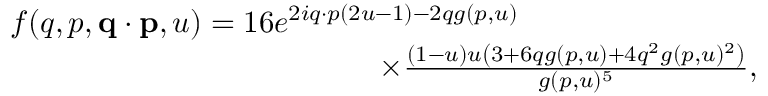
\begin{array} { r } { f ( q , p , \ensuremath { \mathbf { q } } \cdot \ensuremath { \mathbf { p } } , u ) = 1 6 e ^ { 2 i \b { q } \cdot \b { p } ( 2 u - 1 ) - 2 q g ( p , u ) } \phantom { x x x x x x x x x x x x x x x } } \\ { \times \frac { ( 1 - u ) u \left( 3 + 6 q g ( p , u ) + 4 q ^ { 2 } g ( p , u ) ^ { 2 } \right) } { g ( p , u ) ^ { 5 } } , \; \; \; } \end{array}